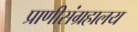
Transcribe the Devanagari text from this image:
प्राणीसंग्रहालय